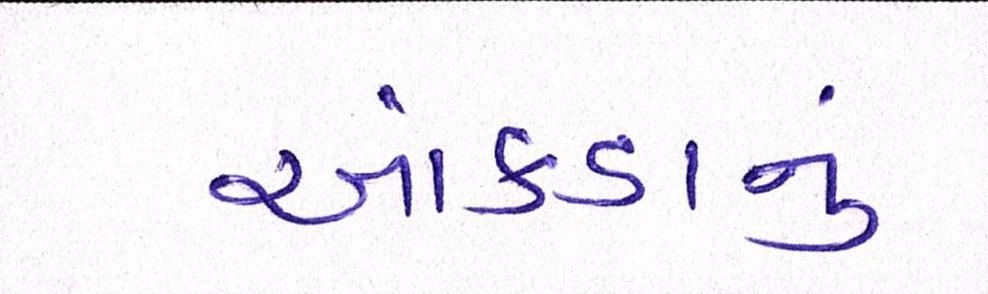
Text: આંકડાનું